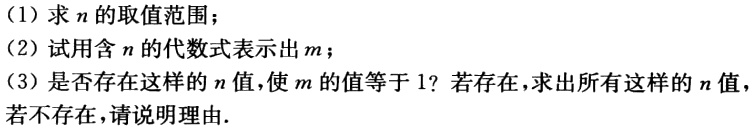
(1) 求\(n\)的取值范围；

(2) 试用含\(n\)的代数式表示出\(m\)；

(3) 是否存在这样的\(n\)值，使\(m\)的值等于\(1\)？若存在，求出所有这样的\(n\)值，若不存在，请说明理由.